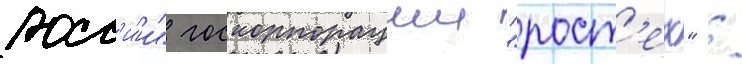
росс'и́и" госкорпорации "рост'ех" /